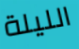
الليلة